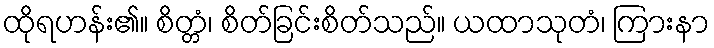
ထိုရဟန်း၏။ စိတ္တံ၊ စိတ်ခြင်းစိတ်သည်။ ယထာသုတံ၊ ကြားနာ